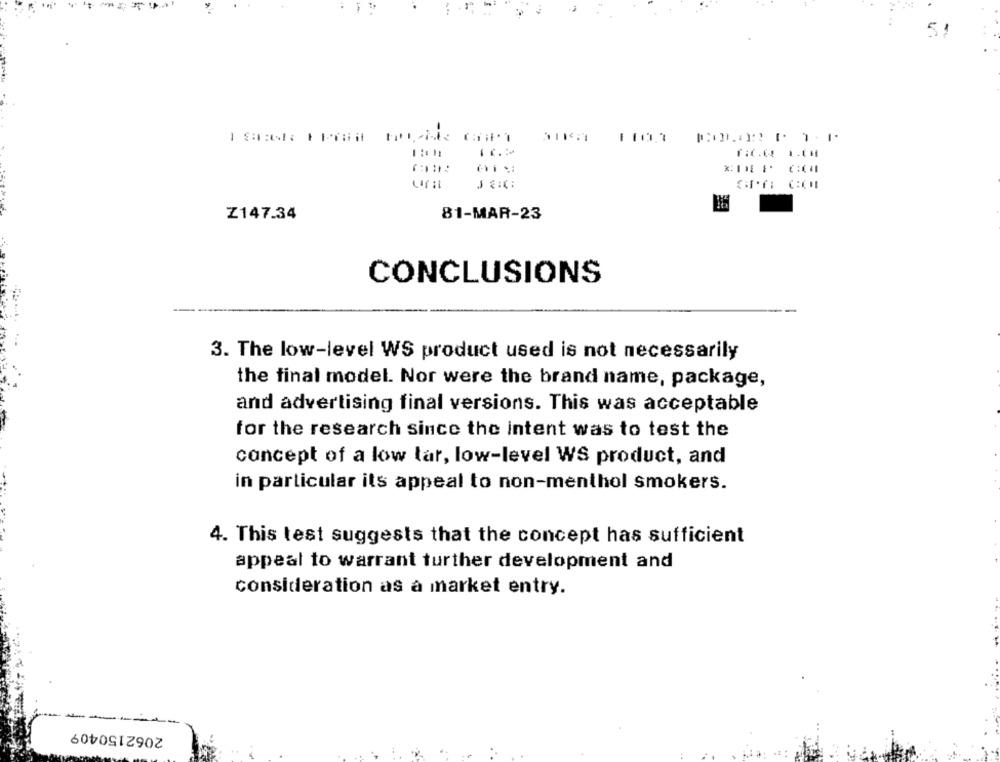
5
Z147.34
81-MAR-23
CONCLUSIONS
3. The low-level WS product used is not necessarily
the final model. Nor were the brand name, package,
and advertising final versions. This was acceptable
for the research since the intent was to test the
concept of a low lar, low-level WS product, and
in particular its appeal to non-menthol smokers.
4. This test suggests that the concept has sufficient
appeal to warrant further development and
consideration as à market entry.
-----
2062150409